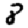
Digit: 8